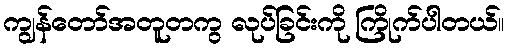
ကျွန်တော်အတူတကွ လုပ်ခြင်းကို ကြိုက်ပါတယ်။